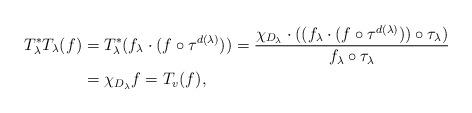
LaTeX: \begin{align*} T_\lambda^* T_\lambda(f) &= T_\lambda^* ( f_\lambda \cdot (f \circ \tau^{d(\lambda)})) = \frac{\chi_{D_\lambda} \cdot ( (f_\lambda \cdot (f \circ \tau^{d(\lambda)})) \circ \tau_\lambda)}{f_\lambda \circ \tau_\lambda} \\ &=\chi_{D_\lambda} f = T_v (f), \end{align*}